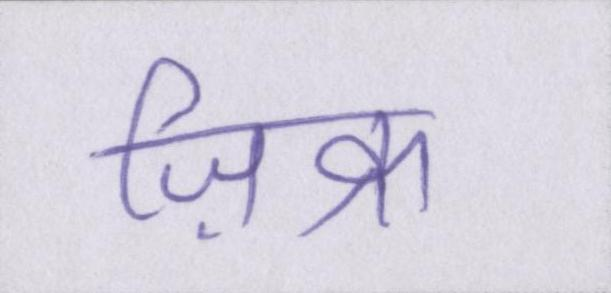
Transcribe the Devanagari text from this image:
ज़िक्र